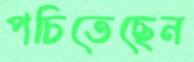
পচিতেছেন